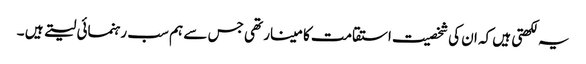
یہ لکھتی ہیں کہ ان کی شخصیت استقامت کا مینار تھی جس سے ہم سب رہنمائی لیتے ہیں ۔